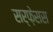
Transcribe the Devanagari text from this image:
सर्फ़ेसस